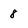
Character: 8